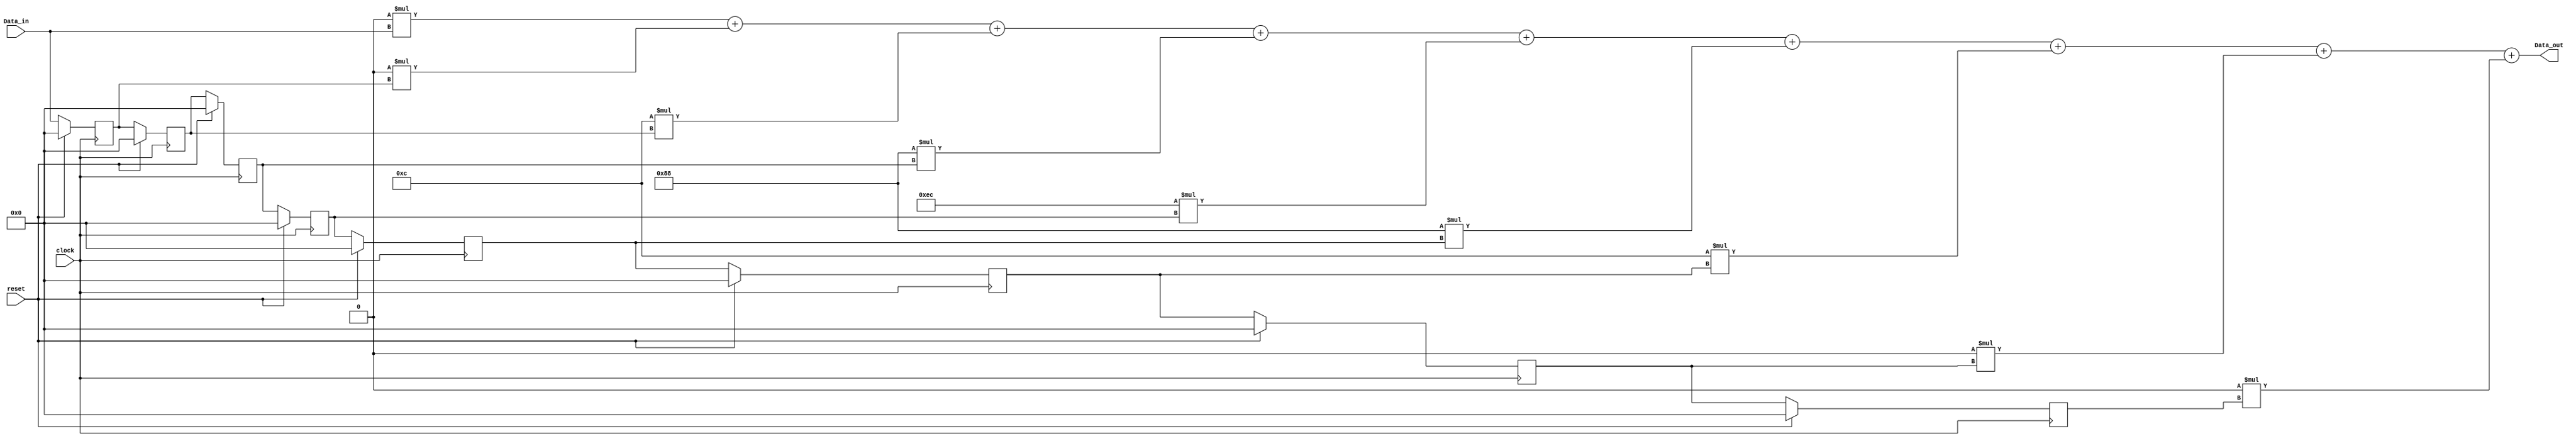
`timescale 1ns / 1ps


    module LPF
    #(parameter order = 8, word_size_in = 8, word_size_out = 2*word_size_in + 2,  b0 = 8'h00,
    b1 = 8'h00, b2 = 8'h0C,b3 = 8'h88, b4 = 8'hEC, b5 = 8'h88, b6 = 8'h0C, b7 = 8'h00, b8 = 8'h00)
    (
        output [word_size_out - 1: 0] Data_out,
        input [word_size_in - 1: 0] Data_in,
        input clock, reset
     );
             
            
        reg [word_size_in -1: 0] Samples[1: order];
                
        integer k;
                
        assign Data_out = b0*Data_in + b1*Samples[1] + b2*Samples[2] + b3*Samples[3] + b4*Samples[4] 
                    + b5*Samples[5] + b6*Samples[6] + b7*Samples[7]+b8*Samples[8] ;
                                        
        always @(posedge clock)
                
        if(reset == 1)
           begin
                for(k=1; k<=order; k = k+1)
                        Samples[k] <= 0;
                end
                        
        else
            begin
                Samples[1] <= Data_in;
                for(k=2 ; k<=order; k = k+1)
                        Samples[k] <= Samples[k-1];
            end
                        
    endmodule